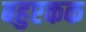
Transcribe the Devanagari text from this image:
बहुएकक